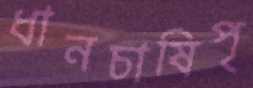
ধানচাষিপৃ